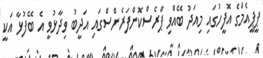
ޕީޕީއެމްގެ އޮފީހުގައި މިއަދު ބޭއްވި ޕްރެސްކޮންފަރެންސްގަައި އަދީބު ވިދާޅުވީ އެ ބޭފުޅާ އަކީ